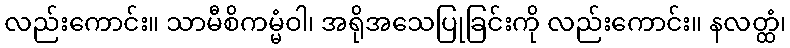
လည်းကောင်း။ သာမီစိကမ္မံဝါ၊ အရိုအသေပြုခြင်းကို လည်းကောင်း။ နလတ္ထံ၊